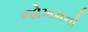
જોખમનો